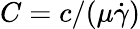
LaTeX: C=c/(\mu\dot{\gamma})